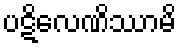
ပဋိလေဏိဿာမိ